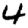
Digit: 4